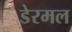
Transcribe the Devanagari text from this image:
डेरमल